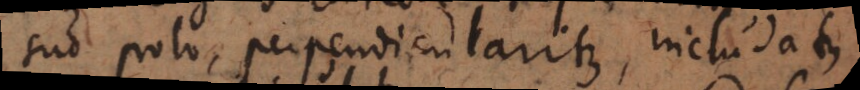
suo polo, perpendiculariter, includatur